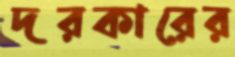
দরকারের